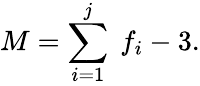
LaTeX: M=\sum_{i=1}^{j}\ f_{i}-3.